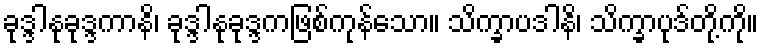
ခုဒ္ဒါနုခုဒ္ဒကာနိ၊ ခုဒ္ဒါနုခုဒ္ဒကဖြစ်ကုန်သော။ သိက္ခာပဒါနိ၊ သိက္ခာပုဒ်တို့ကို။